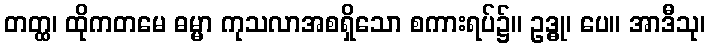
တတ္ထ၊ ထိုကတမေ ဓမ္မာ ကုသလာအစရှိသော စကားရပ်၌။ ဥဒ္ဓု၊ ပေ။ အာဒီသု၊